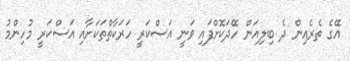
އޭގެ ތެރެއިން ދެ ބިލިއަން ހޭދަކޮށްފައި ވަނީ އަސްކަރީ ހަރަކާތްތަކަށާއި އަސްކަރީ މުހިންމު